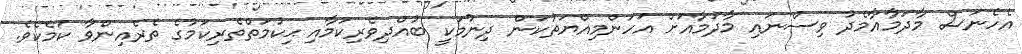
އެހެނަސް މާދަމާއާމެދު ވިސްނައި މާދަމާއަށް އަހަންމިއްޔަތުކަން ދިނުމަކީ ބުއްދިވެރިކަމާއި ޙިކުމަތްތެރިކަމުގެ ތެރެއިންވާ ކަމެކެވެ.